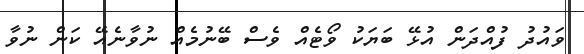
ވައުދު ފުއްދަން އުޅޭ ބަޔަކު ވޯޓެއް ވެސް ބޭނުމެއް ނުވާނެއޭ ކަން ނުވާ